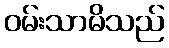
ဝမ်းသာမိသည်